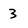
Character: 3